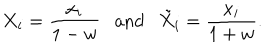
X _ { i } = \frac { x _ { i } } { 1 - w } \mathrm { a n d } { \tilde { X } } _ { i } = \frac { x _ { i } } { 1 + w } .